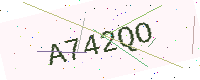
Text: A742QO